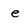
Character: e